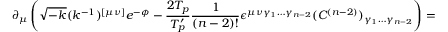
\partial _ { \mu } \left( \sqrt { - k } ( k ^ { - 1 } ) ^ { [ \mu \nu ] } e ^ { - \phi } - \frac { 2 T _ { p } } { T _ { p } ^ { \prime } } \frac { 1 } { ( n - 2 ) ! } \epsilon ^ { \mu \nu \gamma _ { 1 } \ldots \gamma _ { n - 2 } } ( C ^ { ( n - 2 ) } ) _ { \gamma _ { 1 } \ldots \gamma _ { n - 2 } } \right) = 0 .